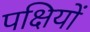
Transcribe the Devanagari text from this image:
पक्षियों